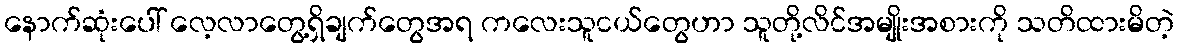
နောက်ဆုံးပေါ် လေ့လာတွေ့ရှိချက်တွေအရ ကလေးသူငယ်တွေဟာ သူတို့လိင်အမျိုးအစားကို သတိထားမိတဲ့